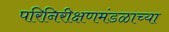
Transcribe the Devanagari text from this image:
परिनिरीक्षणमंडळाच्या